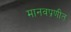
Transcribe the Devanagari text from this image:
मानवप्रणीत